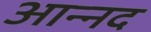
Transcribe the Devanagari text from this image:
आन्‍नद